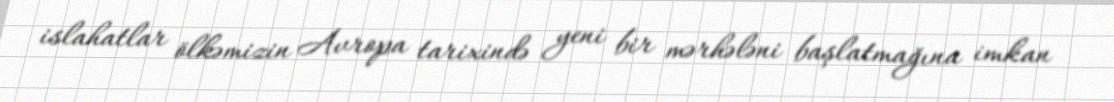
islahatlar ölkəmizin Avropa tarixində yeni bir mərhələni başlatmağına imkan